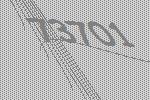
73701